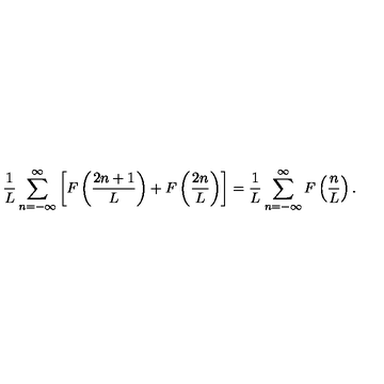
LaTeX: \frac { 1 } { L } \sum _ { n = - \infty } ^ { \infty } \left[ F \left( \frac { 2 n + 1 } { L } \right) + F \left( \frac { 2 n } { L } \right) \right] = \frac { 1 } { L } \sum _ { n = - \infty } ^ { \infty } F \left( \frac { n } { L } \right) .